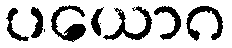
ပယောဂ